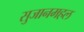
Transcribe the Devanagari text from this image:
सुजानमहल